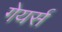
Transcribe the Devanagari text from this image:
गेयर्स